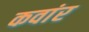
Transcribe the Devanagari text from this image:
कवांर